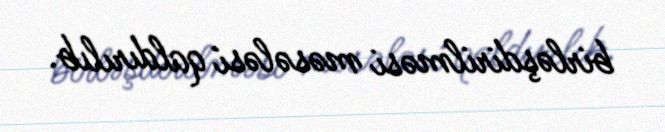
birləşdirilməsi məsələsi qaldırılıb.